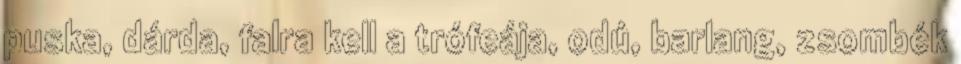
puska, dárda, falra kell a trófeája, odú, barlang, zsombék